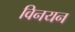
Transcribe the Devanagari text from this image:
विनयन